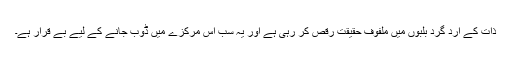
ذات کے ارد گرد بلبوں میں ملفوف حقیقت رقص کر رہی ہے اور یہ سب اس مرکزے میں ڈوب جانے کے لیے بے قرار ہے۔